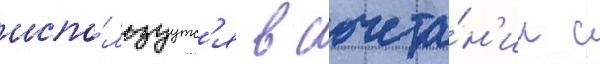
испо́льзуутс'я в сочета́н'ии с